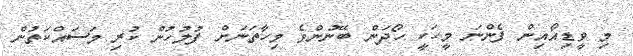
މި ވީޑިއޯއިން ފެންނަ މީހަކީ ހޯދަން ބޭނުންވެ މިހާތަނަށް ފުލުހުން ކުރި މަސައްކަތުން